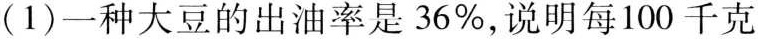
(1)一种大豆的出油率是36%，说明每100千克